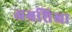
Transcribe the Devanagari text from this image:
अग्रशिखा